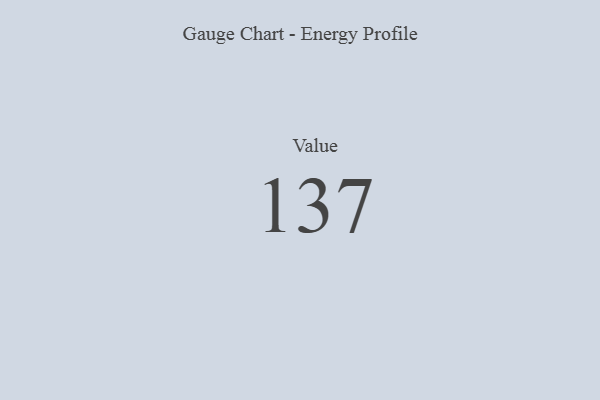
{"axis": {"x": "Metric", "y": "Value"}, "legend": [""], "data": [{"x": "Value", "y": 137, "type": ""}]}